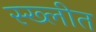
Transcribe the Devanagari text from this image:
स्ख्लीत